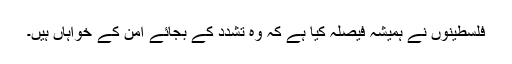
فلسطینوں نے ہمیشہ فیصلہ کیا ہے کہ وہ تشدد کے بجائے امن کے خواہاں ہیں۔